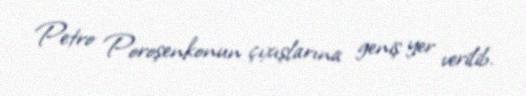
Petro Poroşenkonun çıxışlarına geniş yer verilib.